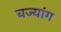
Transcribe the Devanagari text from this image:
चज्यांग